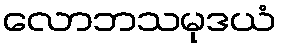
လောဘသမုဒယံ